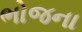
ભોજના